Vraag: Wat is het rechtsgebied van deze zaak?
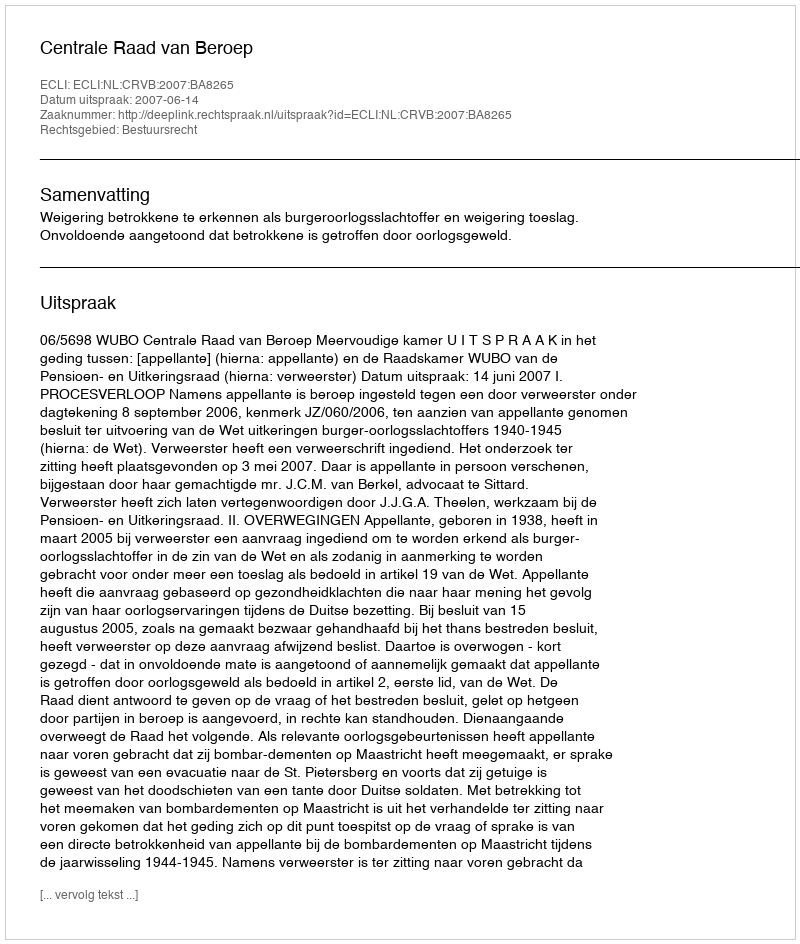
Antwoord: Bestuursrecht